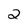
Character: 2